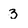
Character: 3